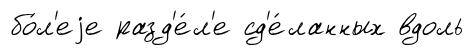
бо́л'еjе разд'е́л'е сд'е́ланных вдоль